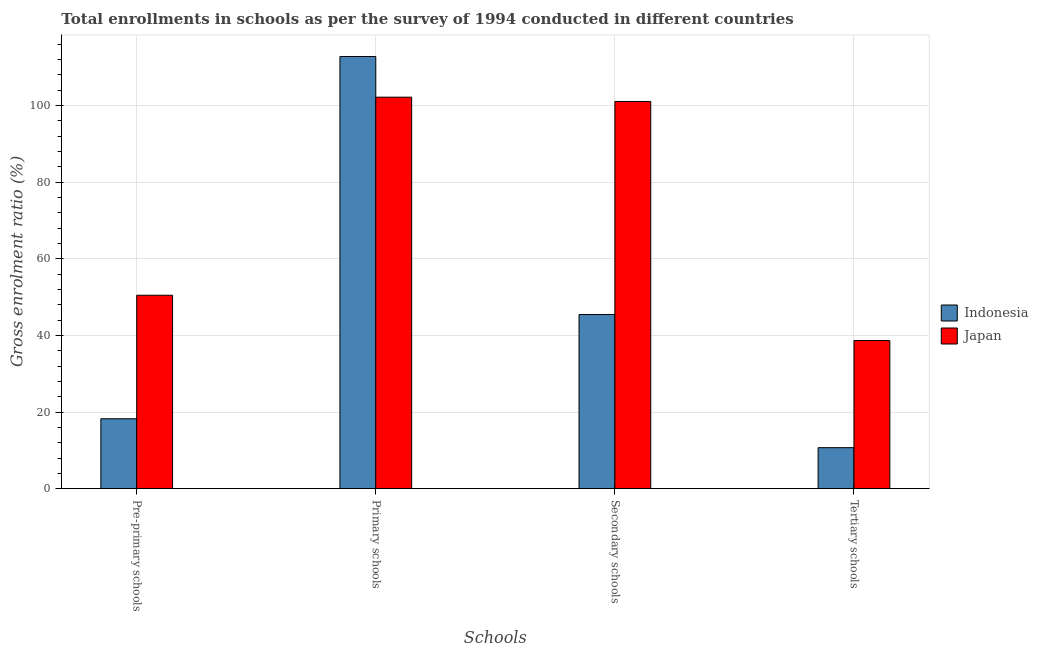
| Schools | Indonesia | Japan |
 | --- | --- | --- |
 | Pre-primary schools | 18.2 | 50.5 |
 | Primary schools | 113 | 102 |
 | Secondary schools | 45.5 | 101 |
 | Tertiary schools | 10.7 | 38.7 |